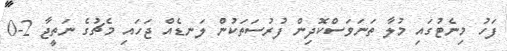
ފަހު މިނެޓުގައި މުލާ ތަނަވަސްކޮދިން ފުރުސަތަކުން ލަނޑެއް ޖަހައި މެޗުގެ ނަތީޖާ 2-0